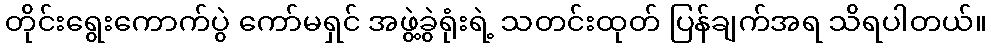
တိုင်းရွေးကောက်ပွဲ ကော်မရှင် အဖွဲ့ခွဲရုံးရဲ့ သတင်းထုတ် ပြန်ချက်အရ သိရပါတယ်။